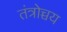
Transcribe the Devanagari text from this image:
तंत्रोच्चय